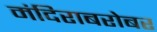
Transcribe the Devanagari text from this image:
मंदिराबरोबर